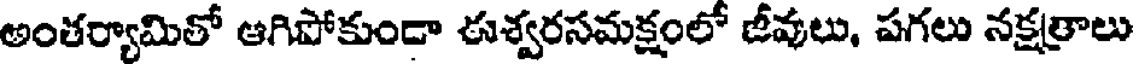
అంతర్యామితో ఆగిపోకుండా ఈశ్వరసమక్షంలో జీవులు, పగలు నక్షత్రాలు